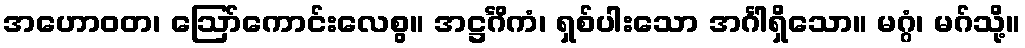
အဟောဝတ၊ ဩော်ကောင်းလေစွ။ အဋ္ဌင်္ဂိကံ၊ ရှစ်ပါးသော အင်္ဂါရှိသော။ မဂ္ဂံ၊ မဂ်သို့။